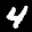
Label: 4